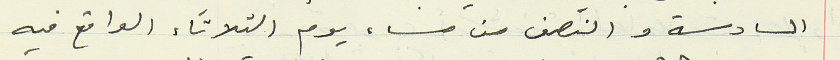
السادسة والنصف من مساء يوم الثلاثاء الواقع فيه